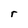
Character: r